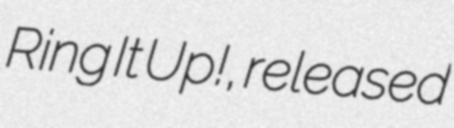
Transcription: Ring It Up!, released